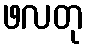
ဖလတု